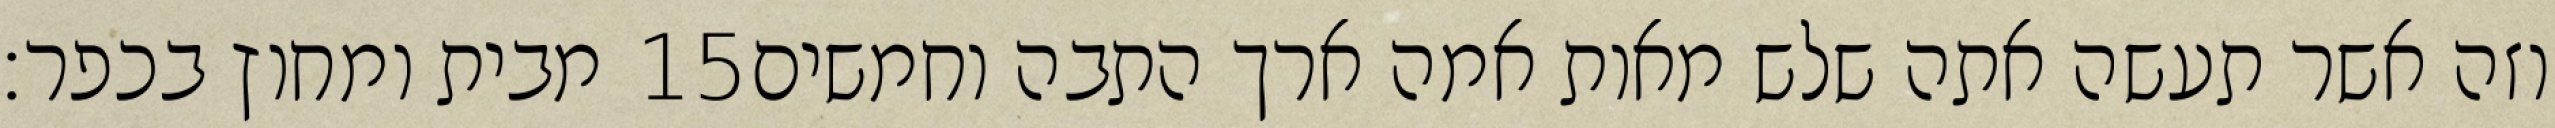
מבית ומחוץ בכפר׃ ‎15‏ וזה אשר תעשה אתה שלש מאות אמה ארך התבה וחמשים